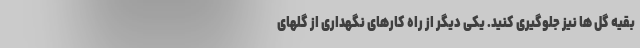
بقیه گل ها نیز جلوگیری کنید. یکی دیگر از راه کارهای نگهداری از گلهای